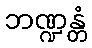
ဘဏ္ဍန္တံ